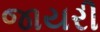
જાયરી